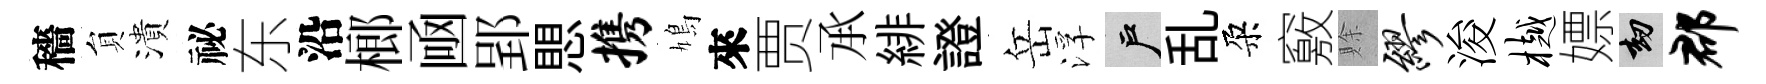
穡貟潰祕东沿榔凾郢愳携鳩來贾𠄘緋證岳浮户乱朶竅賖缪浚樾嫖劫郡